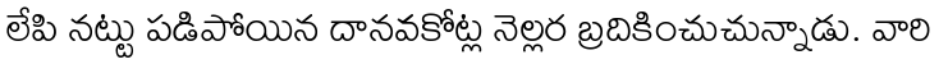
లేపి నట్టు పడిపోయిన దానవకోట్ల నెల్లర బ్రదికించుచున్నాడు. వారి